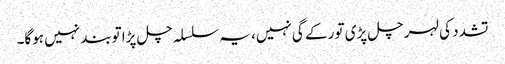
تشدد کی لہر چل پڑی تو رکے گی نہیں، یہ سلسلہ چل پڑا توبند نہیں ہوگا۔